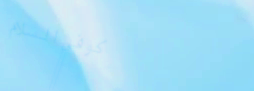
كوفي السلام